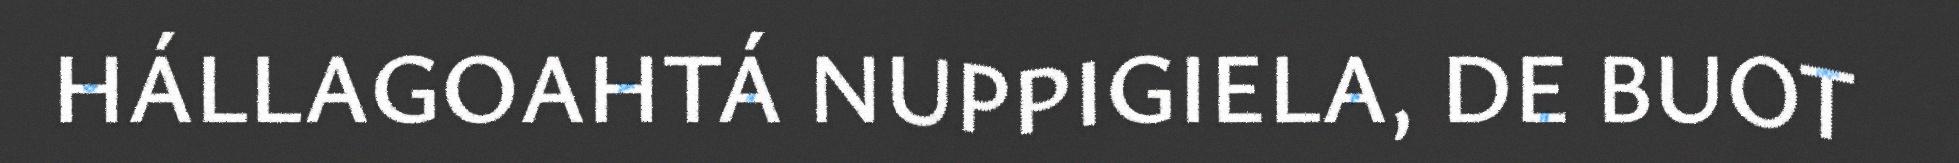
HÁLLAGOAHTÁ NUPPIGIELA, DE BUOT